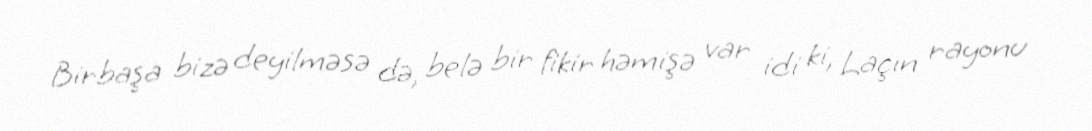
Birbaşa bizə deyilməsə də, belə bir fikir həmişə var idi ki, Laçın rayonu